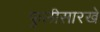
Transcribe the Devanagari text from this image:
फुलीसारखे